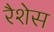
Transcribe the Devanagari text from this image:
रैशेस